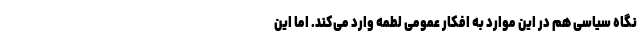
نگاه سیاسی هم در این موارد به افکار عمومی لطمه وارد می‌کند. اما این